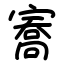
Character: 㝯